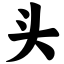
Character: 头